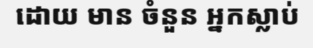
ដោយ មាន ចំនួន អ្នកស្លាប់